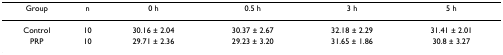
<table><thead><tr><td><b>Group</b></td><td><b>n</b></td><td><b>0 h</b></td><td><b>0.5 h</b></td><td><b>3 h</b></td><td><b>5 h</b></td></tr></thead><tbody><tr><td>Control</td><td>10</td><td>30.16 ± 2.04</td><td>30.37 ± 2.67</td><td>32.18 ± 2.29</td><td>31.41 ± 2.01</td></tr><tr><td>PRP</td><td>10</td><td>29.71 ± 2.36</td><td>29.23 ± 3.20</td><td>31.65 ± 1.86</td><td>30.8 ± 3.27</td></tr></tbody></table>